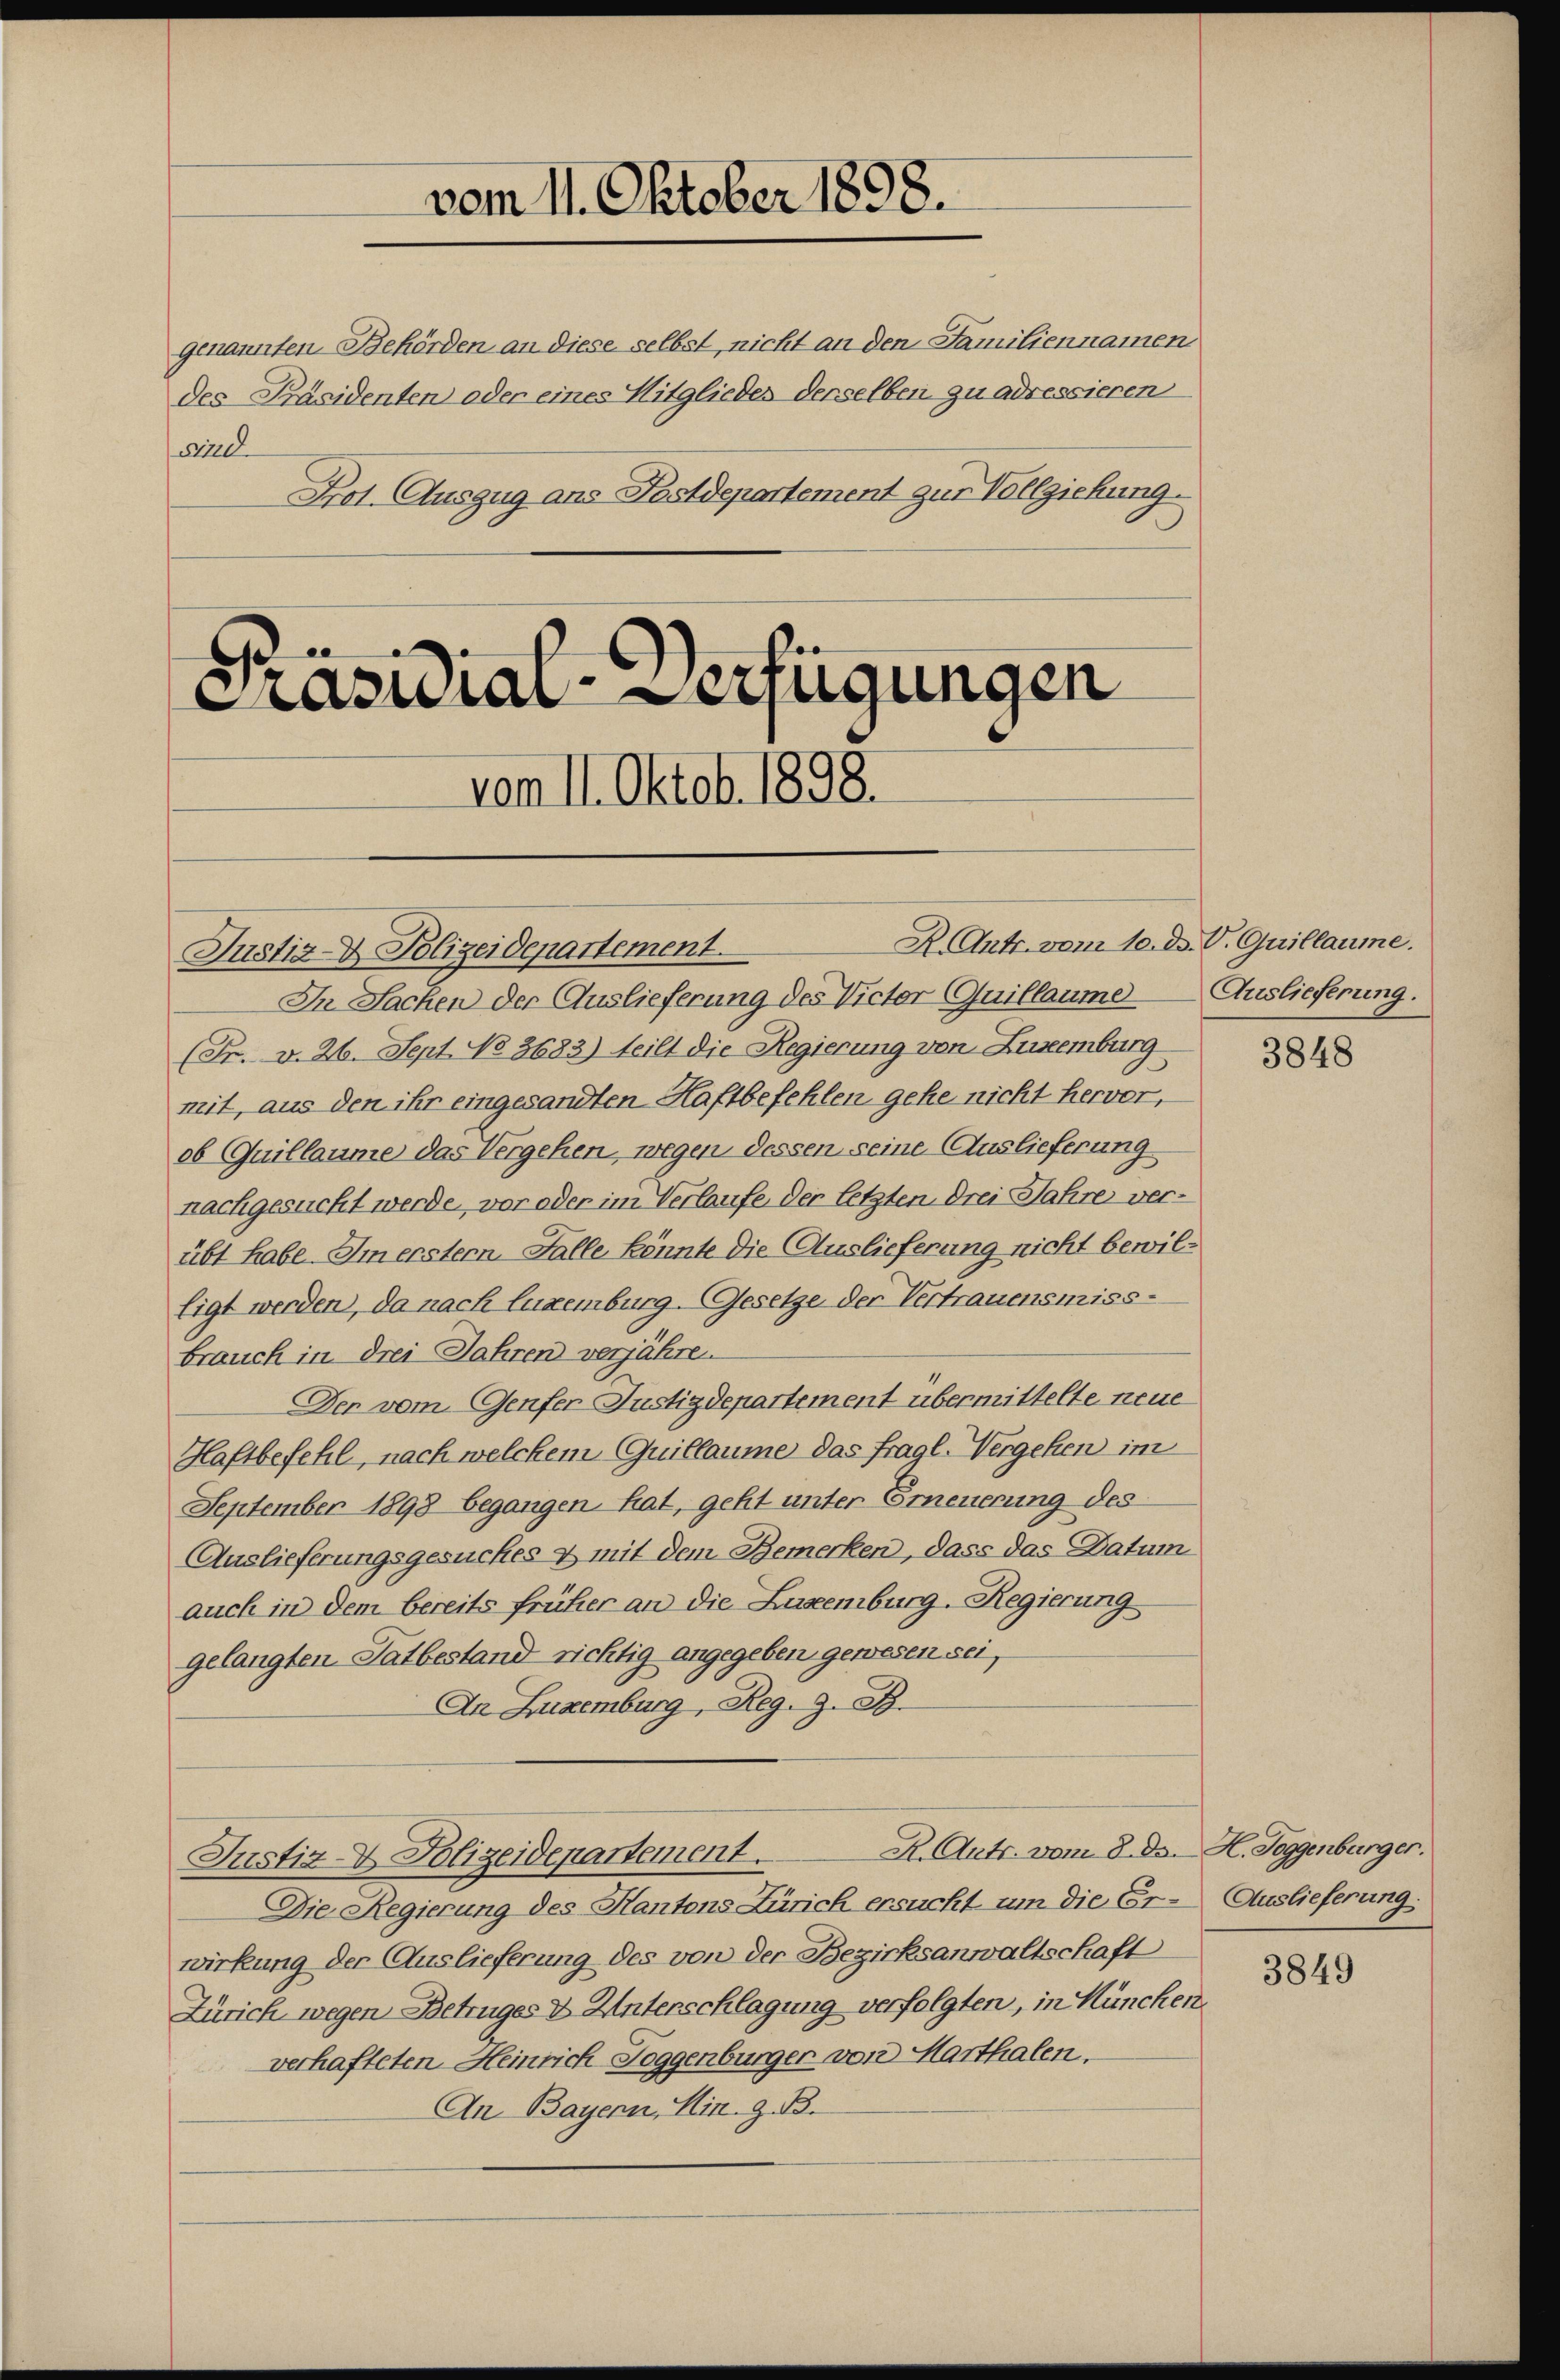
genannten Behörden an diese selbst, nicht an den Familiennamen
des Präsidenten oder eines Mitgliedes derselben zu adressieren
wind
Frot. Auszug ans Postdepartement zur Vollziehung.

vom 11. Oktob. 1898.

vom 11. Oktober 1898.

Präsidial-Verfügungen

Justiz- & Polizeidepartement.

R. Antr. vom 10. ds. V. Quillaume.
In Sachen der Auslieferung des Victor Quillaume
(Fr. v. 26. Sept No 3683) teilt die Regierung von Zuseemburg
mit, aus den ihr eingesandten Haftbefehlen gehe nicht hervor,
ob Quillaume das Vergehen, wegen dessen seine Auslieferung
nachgesucht werde, vor oder im Verlaufe der letzten Drei Jahre verübt habe. Im erstem Falle könnte die Auslieferung nicht bewilligt werden, da nach Eugenburg-Gesetze der Vertrauensmiss-
brauch in drei Jahren verjähren
Den vom Genfer Justizdepartement übermittelte neue
Haftbefehl, nach welchem Guillaume das fragl. Vergehen im
September 1898 begangen hat, geht unter Erneuerung des
Auslieferungsgesuches & mit dem Bemerken, dass das Datum
auch in dem bereits früher an die Lusemburg. Regierung
gelangten Tatbestand richtig angegeben gewesen sei,
An Luxenburg, Reg. 9. B.
R. Antr. vom 8. d. H. Joggenbürger.
Justiz- & Polizeidepartement.
Die Regierung des Kantons Zürich ersucht um die Er-Auslieferung.
wirkung der Auslieferung des von der Bezirksanwaltschaft
Zürich wegen Betruges & Unterschlagung verfolgten, in Küncken.
verhafteten Heinrich Toggenbürger von Marthalen.
An Bayern, Min. z. B.

Auslieferung.

3848

3849